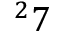
^ 2 7